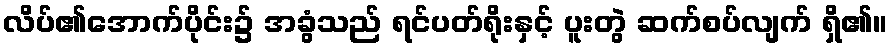
လိပ်၏အောက်ပိုင်း၌ အခွံသည် ရင်ပတ်ရိုးနှင့် ပူးတွဲ ဆက်စပ်လျက် ရှိ၏။